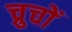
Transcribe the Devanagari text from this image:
च्रुचों